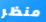
منظر